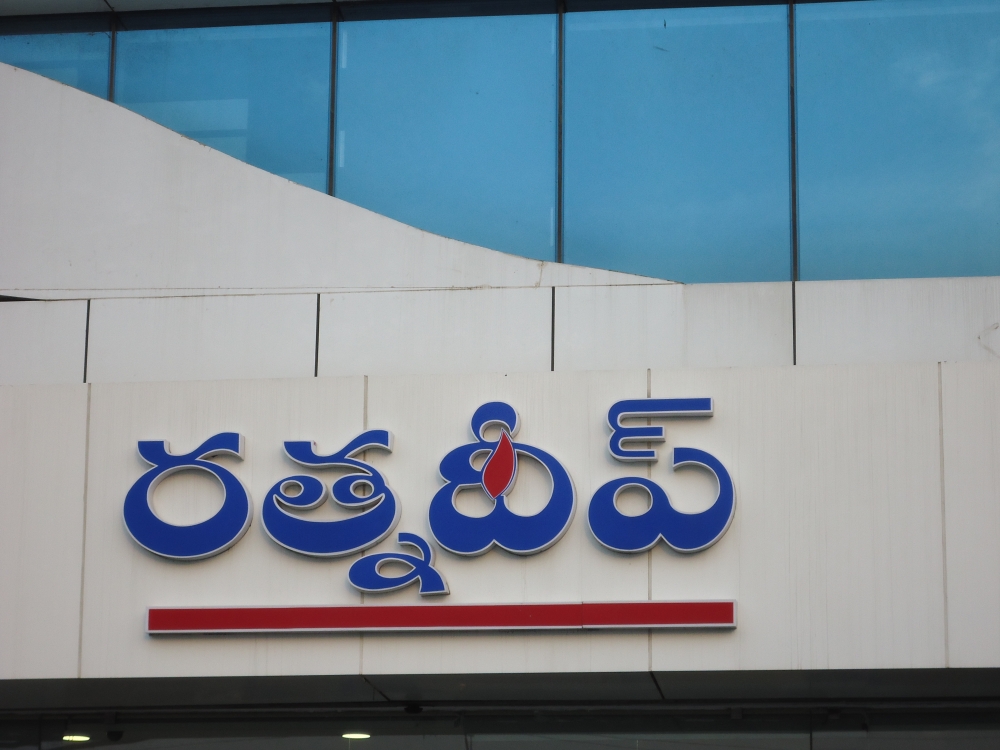
Language: telugu
Transcription: రత్నదీప్